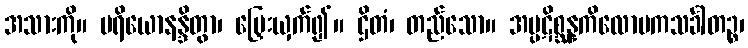
အသားကို။ ပရိယောနန္ဒိတွာ၊ မြှေးယှက်၍။ ဌိတံ၊ တည်သော။ အပ္ပဋိစ္ဆန္နကိလောမကသင်္ခါတဉ္စ၊